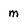
Character: m